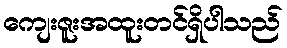
ကျေးဇူးအထူးတင်ရှိပါသည်